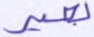
بعير